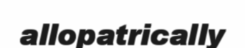
allopatrically